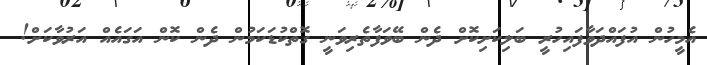
އެމީހުން އުފައްދަވާފައިހުރީ ބަލިކަށިކޮށް ދެން ބޭވަފާތެރިވަނީ ގޮތްކުޑަކަމުން ދެން ކޮން އަގައެއް އަރުވާކަށް!